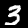
Label: 3